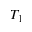
T _ { 1 }